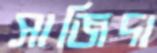
সাজিদা